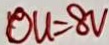
O u = 8 V